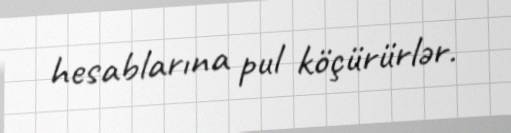
hesablarına pul köçürürlər.